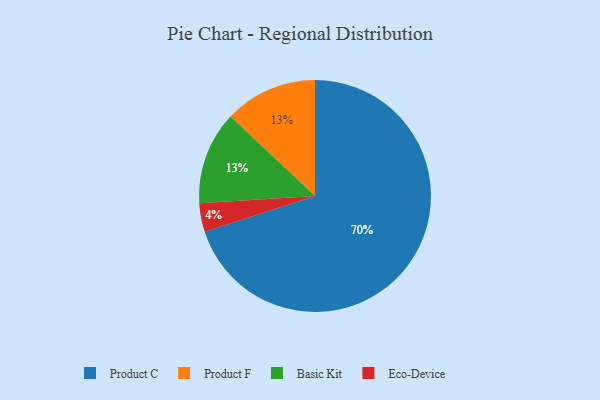
{"axis": {"x": "Category", "y": "Percentage"}, "legend": ["Basic Kit", "Eco-Device", "Product C", "Product F"], "data": [{"x": "Product C", "y": 70, "type": "Product C"}, {"x": "Eco-Device", "y": 4, "type": "Eco-Device"}, {"x": "Product F", "y": 13, "type": "Product F"}, {"x": "Basic Kit", "y": 13, "type": "Basic Kit"}]}